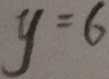
y = 6